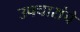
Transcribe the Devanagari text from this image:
उपचारांचे